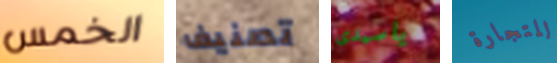
الخمس تصنيف ياسيدى للتجارة